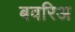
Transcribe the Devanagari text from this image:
बवरिअ